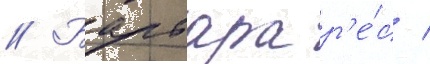
// Барбара р'е́с /